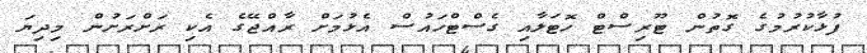
ފުޅާކުރުމުގެ ގޮތުން ޓޫރިސްޓް ހޮޓަލާއި ގެސްޓްހައުސް އެޅުމަށް ރާއްޖޭގެ އެކި ރަށްރަށުން މިދިޔަ